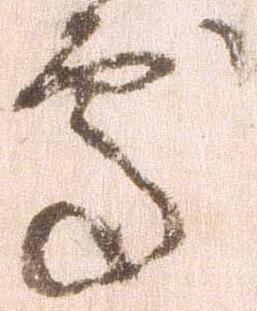
処